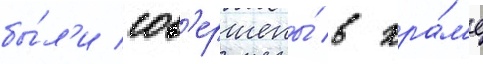
бы́л'и сов'ершены́ в хра́м'е